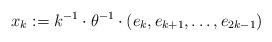
LaTeX: \begin{align*} x_k := k^{-1} \cdot \theta^{-1} \cdot (e_k, e_{k+1}, \ldots, e_{2k-1})\end{align*}